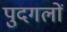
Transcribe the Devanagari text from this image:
पुदगलों